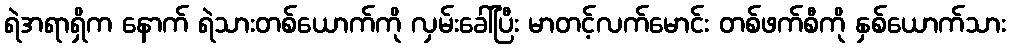
ရဲအရာရှိက နောက် ရဲသားတစ်ယောက်ကို လှမ်းခေါ်ပြီး မာတင့်လက်မောင်း တစ်ဖက်စီကို နှစ်ယောက်သား